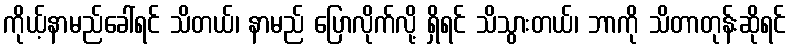
ကိုယ့်နာမည်ခေါ်ရင် သိတယ်၊ နာမည် ပြောလိုက်လို့ ရှိရင် သိသွားတယ်၊ ဘာကို သိတာတုန်းဆိုရင်